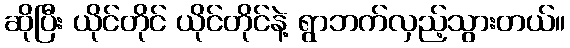
ဆိုပြီး ယိုင်တိုင် ယိုင်တိုင်နဲ့ ရွာဘက်လှည့်သွားတယ်။